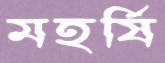
মহর্ষি